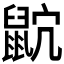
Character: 𪕎